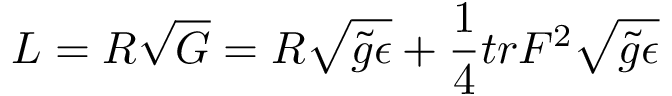
{ \cal L } = { \cal R } \sqrt { \cal G } = { R } \sqrt { \tilde { g } \epsilon } + \frac { 1 } { 4 } t r { F } ^ { 2 } \sqrt { \tilde { g } \epsilon }